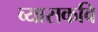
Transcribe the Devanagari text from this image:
व्यासकवि